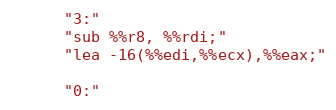
Language: C++
      "3:"
      "sub %%r8, %%rdi;"
      "lea -16(%%edi,%%ecx),%%eax;"

      "0:"